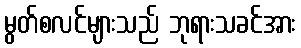
မွတ်စလင်များသည် ဘုရားသခင်အား